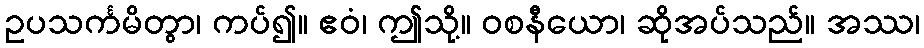
ဥပသင်္ကမိတွာ၊ ကပ်၍။ ဧဝံ၊ ဤသို့။ ဝစနီယော၊ ဆိုအပ်သည်။ အဿ၊